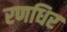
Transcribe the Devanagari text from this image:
रणधिर